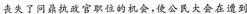
丧失了问鼎执政官职位的机会，使公民大会在遭到